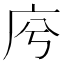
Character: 𢇱